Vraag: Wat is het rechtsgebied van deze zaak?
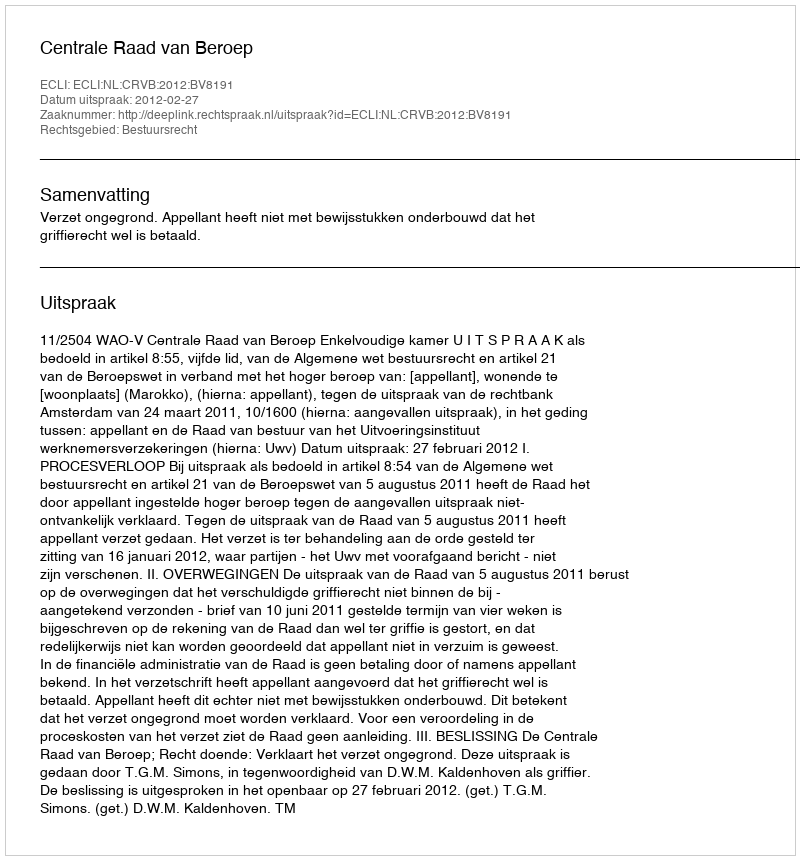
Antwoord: Bestuursrecht